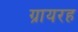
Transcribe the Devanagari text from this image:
ग्रायरह